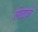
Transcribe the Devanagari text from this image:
लेटर्ज़